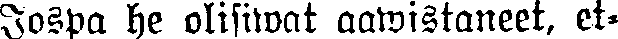
Jospa he olisiwat aawistaneet, et-